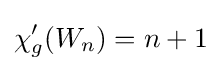
\chi '_{g}(W_{n})=n+1